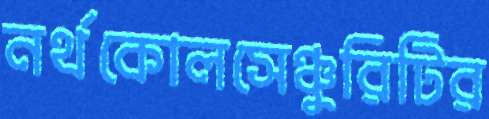
নর্থকোলসেঞ্চুরিটির